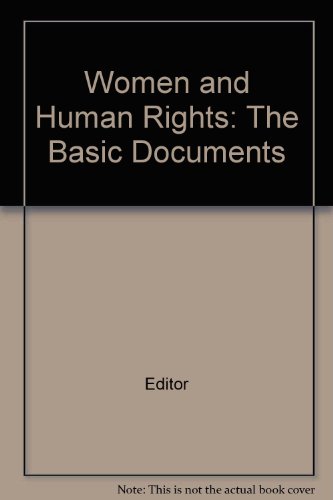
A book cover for Women and Human Rights: The Basic Documents; Editor; Law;